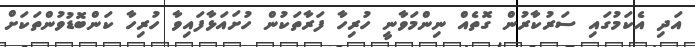
އަދި އެކަމުގައި ސަރުކާރުން ގޮތެއް ނިންމަވާނީ ހުރިހާ ފަރާތަކުން ހުށައަޅާފައިވާ ހުރިހާ ކަންބޮޑުވުންތަކަށް